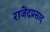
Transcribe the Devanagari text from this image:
राजेंदप्रसाद